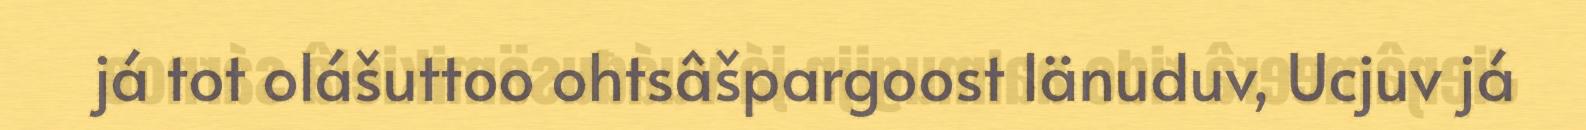
já tot olášuttoo ohtsâšpargoost Iänuduv, Ucjuv já